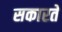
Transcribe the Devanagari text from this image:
सकारते